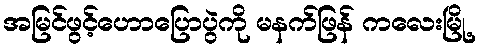
အမြင်ဖွင့်ဟောပြောပွဲကို မနက်ဖြန် ကလေးမြို့